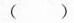
()